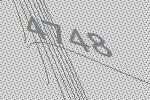
4748